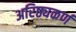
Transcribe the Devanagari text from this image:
अरिष्ठ्यकर्ण